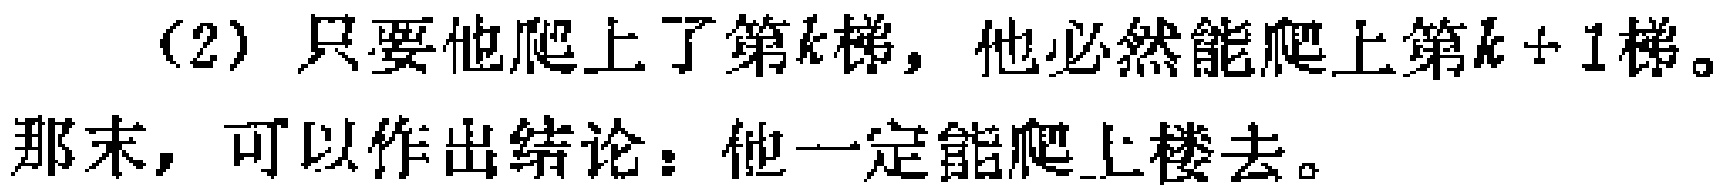
（2）只要他爬上了第\(k\)梯，他必然能爬上第\(k + 1\)梯。

那末，可以作出结论：他一定能爬上楼去。